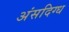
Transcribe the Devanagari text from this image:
अंसदिग्ध